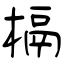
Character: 槅